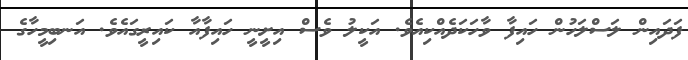
ފަދައިން ލަސްލަހުން ހައިފާ ވާހަކަދެއްކިއެވެ. އަކީލު ވެސް އިށީނީ ހައިފާއާ ކައިރީގައެވެ. އަނބިމީހާގެ